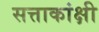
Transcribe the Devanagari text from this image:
सत्ताकांक्षी